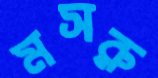
মসরু